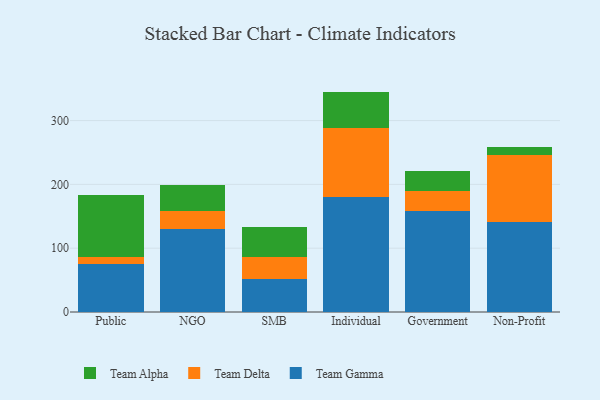
{"axis": {"x": "Segment", "y": "Active Users"}, "legend": ["Team Alpha", "Team Delta", "Team Gamma"], "data": [{"x": "Public", "y": 75.2, "type": "Team Gamma"}, {"x": "Public", "y": 10.4, "type": "Team Delta"}, {"x": "Public", "y": 97.1, "type": "Team Alpha"}, {"x": "NGO", "y": 129.5, "type": "Team Gamma"}, {"x": "NGO", "y": 29.1, "type": "Team Delta"}, {"x": "NGO", "y": 40.2, "type": "Team Alpha"}, {"x": "SMB", "y": 52.5, "type": "Team Gamma"}, {"x": "SMB", "y": 34.3, "type": "Team Delta"}, {"x": "SMB", "y": 46.7, "type": "Team Alpha"}, {"x": "Individual", "y": 179.9, "type": "Team Gamma"}, {"x": "Individual", "y": 107.9, "type": "Team Delta"}, {"x": "Individual", "y": 57.6, "type": "Team Alpha"}, {"x": "Government", "y": 158.4, "type": "Team Gamma"}, {"x": "Government", "y": 31.0, "type": "Team Delta"}, {"x": "Government", "y": 31.2, "type": "Team Alpha"}, {"x": "Non-Profit", "y": 141.2, "type": "Team Gamma"}, {"x": "Non-Profit", "y": 105.6, "type": "Team Delta"}, {"x": "Non-Profit", "y": 11.3, "type": "Team Alpha"}]}